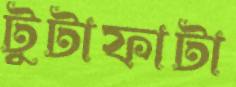
টুটাফাটা